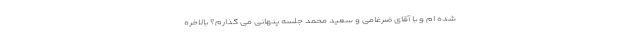
شده ام و با آقای ضرغامی و سعید محمد جلسه پنهانی می گذارم؟ بالاخره